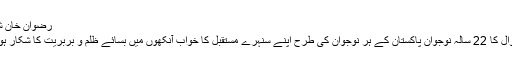
رضوان خان شہید
چکوال کا 22 سالہ نوجوان پاکستان کے ہر نوجوان کی طرح اپنے سنہرے مستقبل کا خواب آنکھوں میں بسائے ظلم و بربریت کا شکار ہوگیا۔